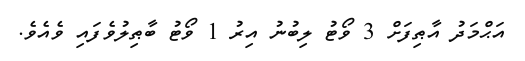
އަޙްމަދު އާޠިފަށް 3 ވޯޓު ލިބުނު އިރު 1 ވޯޓު ބާޠިލުވެފައި ވެއެވެ.